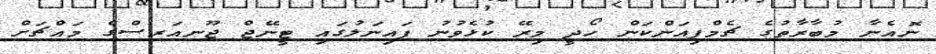
ނޮއެނާ މުބާރާތުގެ ޗެމްޕިއަންކަން ހޯދީ މިރޭ ކުޅެވުނު ފައިނަލުގައި ޓީނޭޖް ޖޫނއަރސްގެ މައްޗަށް